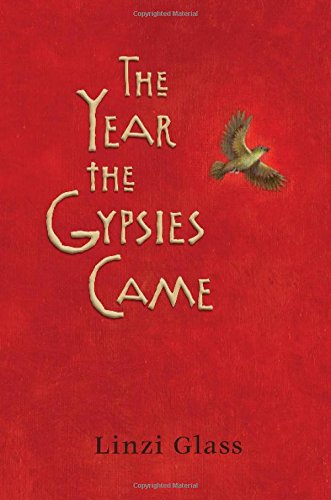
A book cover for The Year the Gypsies Came; Linzi Glass; Teen & Young Adult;